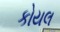
કોયલ